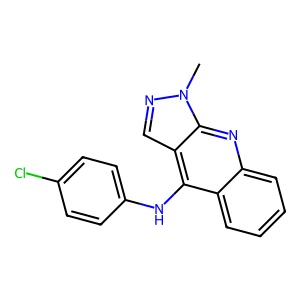
SMILES: Cn1ncc2c(Nc3ccc(Cl)cc3)c3ccccc3nc21
Inhibits HIV replication: No